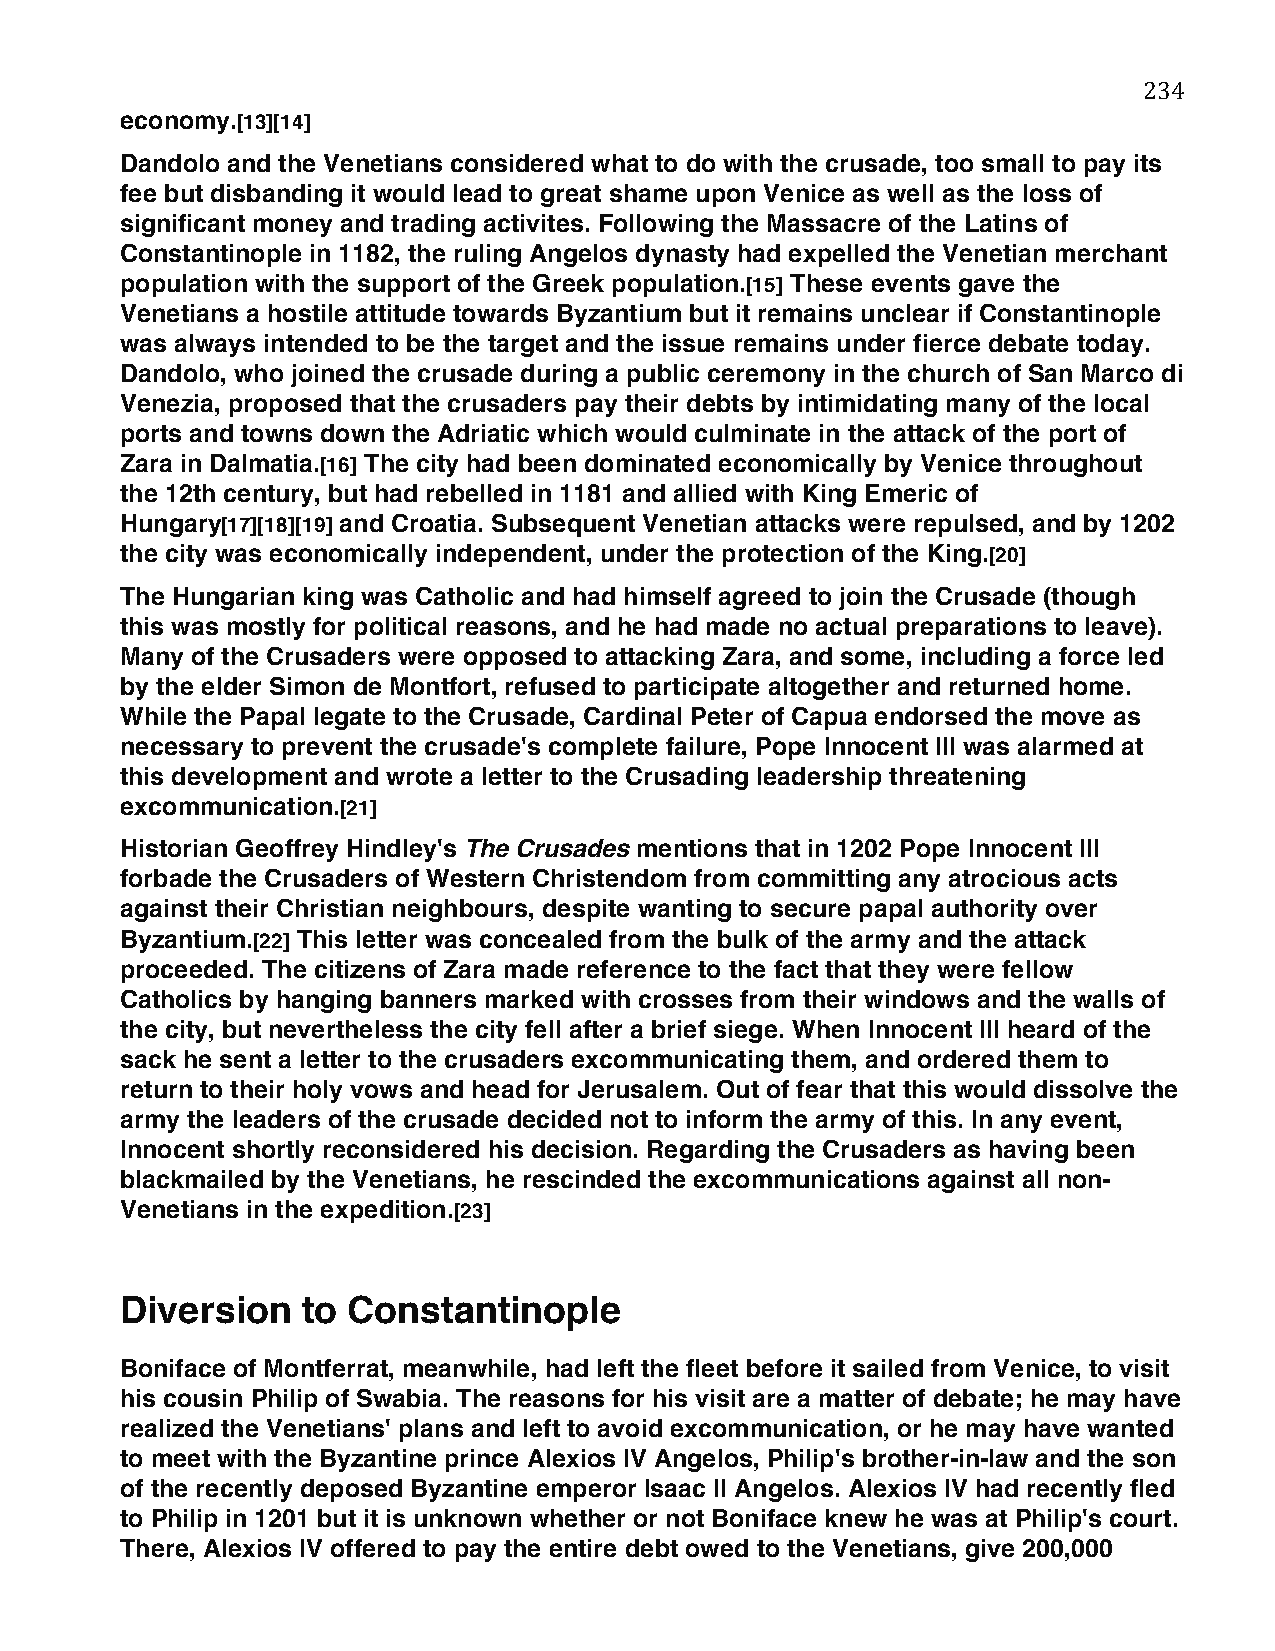
234
 economy.[13][14]
 Dandolo and the Venetians considered what to do with the crusade, too small to pay its
 fee but disbanding it would lead to great shame upon Venice as well as the loss of
 significant money and trading activites. Following the Massacre of the Latins of
 Constantinople in 1182, the ruling Angelos dynasty had expelled the Venetian merchant
 population with the support of the Greek population.[15] These events gave the
 Venetians a hostile attitude towards Byzantium but it remains unclear if Constantinople
 was always intended to be the target and the issue remains under fierce debate today.
 Dandolo, who joined the crusade during a public ceremony in the church of San Marco di
 Venezia, proposed that the crusaders pay their debts by intimidating many of the local
 ports and towns down the Adriatic which would culminate in the attack of the port of
 Zara in Dalmatia.[16] The city had been dominated economically by Venice throughout
 the 12th century, but had rebelled in 1181 and allied with King Emeric of
 Hungary[17][18][19] and Croatia. Subsequent Venetian attacks were repulsed, and by 1202
 the city was economically independent, under the protection of the King.[20]
 The Hungarian king was Catholic and had himself agreed to join the Crusade (though
 this was mostly for political reasons, and he had made no actual preparations to leave).
 Many of the Crusaders were opposed to attacking Zara, and some, including a force led
 by the elder Simon de Montfort, refused to participate altogether and returned home.
 While the Papal legate to the Crusade, Cardinal Peter of Capua endorsed the move as
 necessary to prevent the crusade's complete failure, Pope Innocent III was alarmed at
 this development and wrote a letter to the Crusading leadership threatening
 excommunication.[21]
 Historian Geoffrey Hindley's The Crusades mentions that in 1202 Pope Innocent III
 forbade the Crusaders of Western Christendom from committing any atrocious acts
 against their Christian neighbours, despite wanting to secure papal authority over
 Byzantium.[22] This letter was concealed from the bulk of the army and the attack
 proceeded. The citizens of Zara made reference to the fact that they were fellow
 Catholics by hanging banners marked with crosses from their windows and the walls of
 the city, but nevertheless the city fell after a brief siege. When Innocent III heard of the
 sack he sent a letter to the crusaders excommunicating them, and ordered them to
 return to their holy vows and head for Jerusalem. Out of fear that this would dissolve the
 army the leaders of the crusade decided not to inform the army of this. In any event,
 Innocent shortly reconsidered his decision. Regarding the Crusaders as having been
 blackmailed by the Venetians, he rescinded the excommunications against all non-
 Venetians in the expedition.[23]
 Diversion   to Constantinople
 Boniface of Montferrat, meanwhile, had left the fleet before it sailed from Venice, to visit
 his cousin Philip of Swabia. The reasons for his visit are a matter of debate; he may have
 realized the Venetians' plans and left to avoid excommunication, or he may have wanted
 to meet with the Byzantine prince Alexios IV Angelos, Philip's brother-in-law and the son
 of the recently deposed Byzantine emperor Isaac II Angelos. Alexios IV had recently fled
 to Philip in 1201 but it is unknown whether or not Boniface knew he was at Philip's court.
 There, Alexios IV offered to pay the entire debt owed to the Venetians, give 200,000